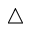
\triangle